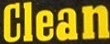
Clean